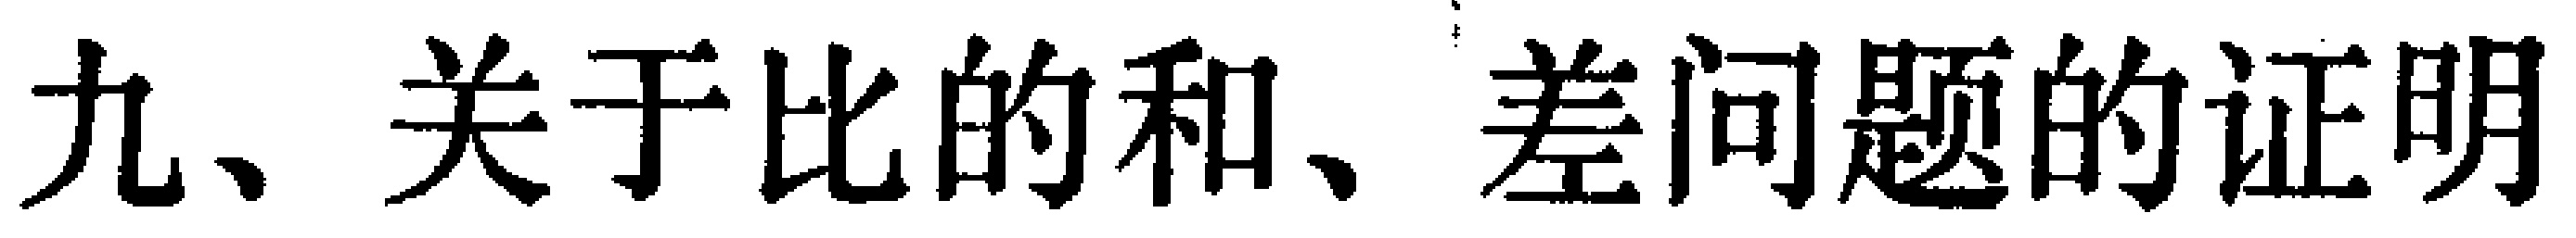
九、关于比的和、差问题的证明